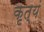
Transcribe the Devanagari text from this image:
कृत्यं